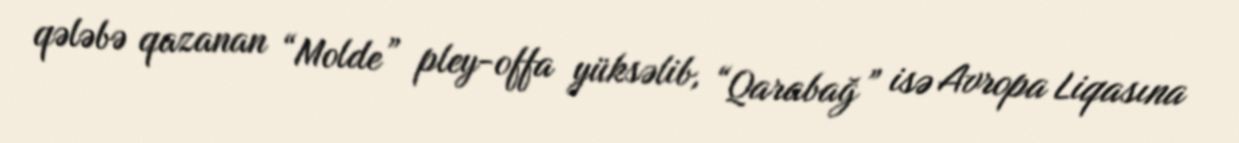
qələbə qazanan “Molde” pley-offa yüksəlib, “Qarabağ” isə Avropa Liqasına